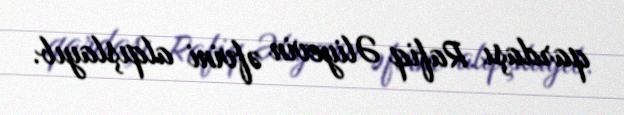
qardaşı Rafiq Əliyevin əfvini alqışlayıb.